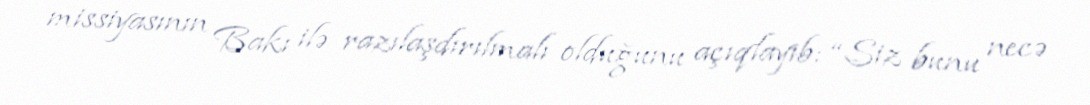
missiyasının Bakı ilə razılaşdırılmalı olduğunu açıqlayıb: “Siz bunu necə